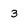
Character: 3